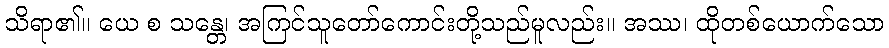
သိရာ၏။ ယေ စ သန္တေ၊ အကြင်သူတော်ကောင်းတို့သည်မူလည်း။ အဿ၊ ထိုတစ်ယောက်သော